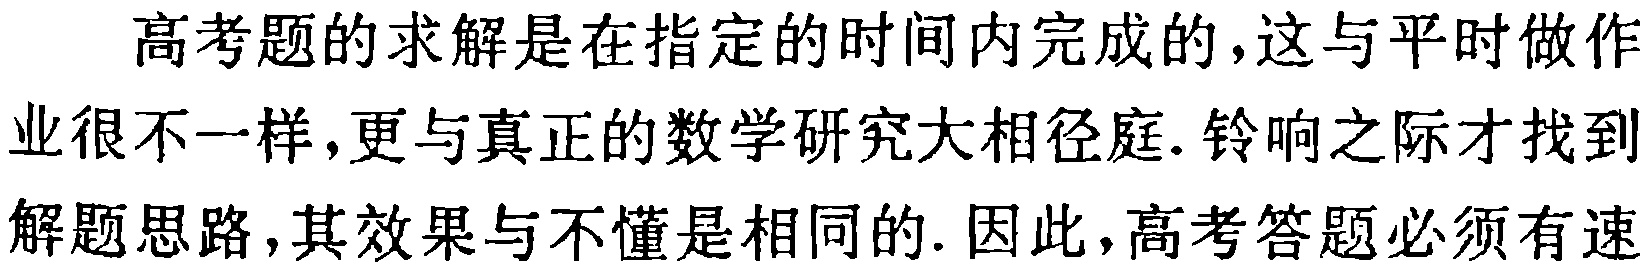
高考题的求解是在指定的时间内完成的，这与平时做作业很不一样，更与真正的数学研究大相径庭. 铃响之际才找到解题思路，其效果与不懂是相同的. 因此，高考答题必须有速